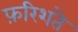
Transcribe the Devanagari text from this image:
फ़रिशते